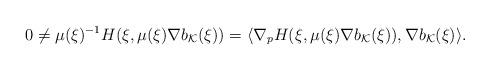
LaTeX: \begin{align*}0\neq \mu(\xi)^{-1} H(\xi,\mu(\xi)\nabla b_{\mathcal{K}}(\xi) )= \langle \nabla_p H(\xi,\mu(\xi)\nabla b_{\mathcal{K}} (\xi)), \nabla b_{\mathcal{K}} (\xi) \rangle .\end{align*}